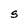
Character: S